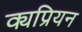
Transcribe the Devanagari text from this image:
क्यप्रियन